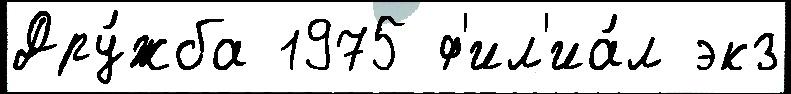
Дру́жба 1975 ф'ил'иа́л экз